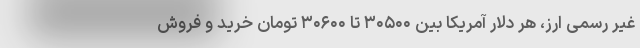
غیر رسمی ارز، هر دلار آمریکا بین ۳۰۵۰۰ تا ۳۰۶۰۰ تومان خرید و فروش